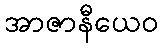
အာဇာနီယေဝ